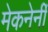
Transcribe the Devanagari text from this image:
मेकनेर्नी